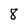
Character: 8